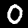
Digit: 0